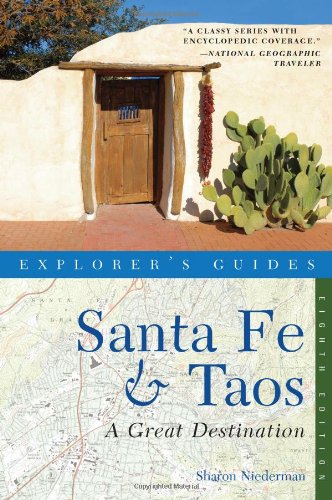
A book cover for Explorer's Guide Santa Fe & Taos: A Great Destination (Eighth Edition)  (Explorer's Great Destinations); Sharon Niederman; Travel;